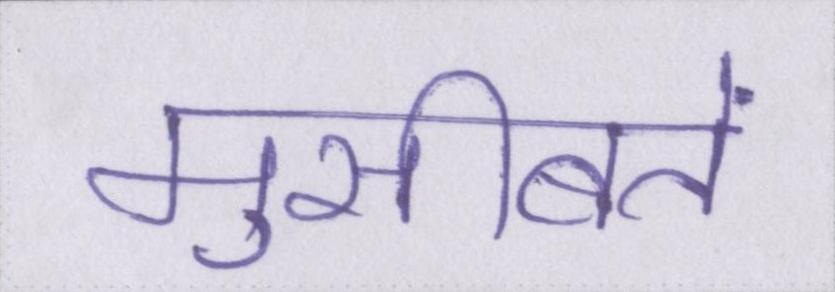
मुसीबतें